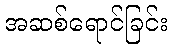
အဆစ်ရောင်ခြင်း